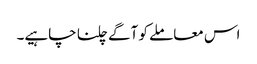
اس معاملے کو آگے چلنا چاہیے۔